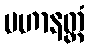
ပဟာနတ္ထံ